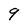
Character: 9